Indian journal of veterinary science and animal husbandry - Volume 12,
Year: 1942
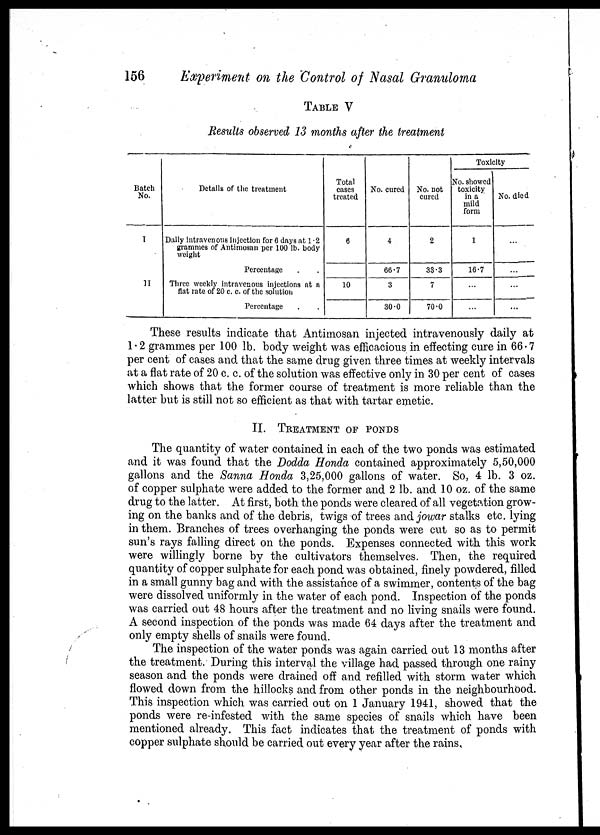
156
Experiment on the Control of Nasal Granuloma
TABLE V
Results observed 13 months after the treatment
Batch
No.
I
II
Details of the treatment
Daily intravenous Injection for 6 days at 1.2
grammes of Antimosan per 100 lb. body
weight
Percentage . .
Three weekly intravenous injections at a
flat rate of 20 c. c. of the solution
Percentage . .
Total
cases
treated
6
10
No. cured
4
66.7
3
30.0
No. not
cured
2
33.3
7
70.0
Toxicity
No. showed
toxicity
in a
mild
form
1
16.7
...
...
No. died
...
...
...
...
These results indicate that Antimosan injected intravenously daily at
1.2 grammes per 100 lb. body weight was efficacious in effecting cure in 66.7
per cent of cases and that the same drug given three times at weekly intervals
at a flat rate of 20 c. c. of the solution was effective only in 30 per cent of cases
which shows that the former course of treatment is more reliable than the
latter but is still not so efficient as that with tartar emetic.
II. TREATMENT OF PONDS
The quantity of water contained in each of the two ponds was estimated
and it was found that the Dodda Honda contained approximately 5,50,000
gallons and the Sanna Honda 3,25,000 gallons of water. So, 4 lb. 3 oz.
of copper sulphate were added to the former and 2 lb. and 10 oz. of the same
drug to the latter. At first, both the ponds were cleared of all vegetation grow-
ing on the banks and of the debris, twigs of trees and jowar stalks etc. lying
in them. Branches of trees overhanging the ponds were cut so as to permit
sun's rays falling direct on the ponds. Expenses connected with this work
were willingly borne by the cultivators themselves. Then, the required
quantity of copper sulphate for each pond was obtained, finely powdered, filled
in a small gunny bag and with the assistance of a swimmer, contents of the bag
were dissolved uniformly in the water of each pond. Inspection of the ponds
was carried out 48 hours after the treatment and no living snails were found.
A second inspection of the ponds was made 64 days after the treatment and
only empty shells of snails were found.
The inspection of the water ponds was again carried out 13 months after
the treatment. During this interval the village had passed through one rainy
season and the ponds were drained off and refilled with storm water which
flowed down from the hillocks and from other ponds in the neighbourhood.
This inspection which was carried out on 1 January 1941, showed that the
ponds were re-infested with the same species of snails which have been
mentioned already. This fact indicates that the treatment of ponds with
copper sulphate should be carried out every year after the rains.